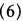
(6)